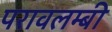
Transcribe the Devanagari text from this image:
परावलम्बी